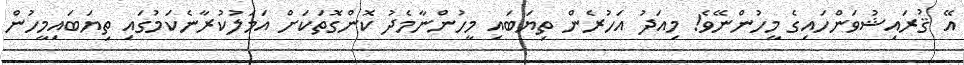
އޭ ޤުރައިޝުވަންހައިގެ މީހުންނޭވެ! މިއަދު އަހުރެން ތިޔަބައި މީހުންނާމެދު ކޮންގޮތަކަށް އަމަލުކުރާނެކަމުގައި ތިޔަބައިމީހުން